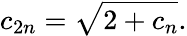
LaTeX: c_{2n}={\sqrt{2+c_{n}}}.